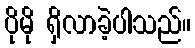
ပိုမို ရှိလာခဲ့ပါသည်။